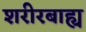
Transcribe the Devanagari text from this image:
शरीरबाह्य